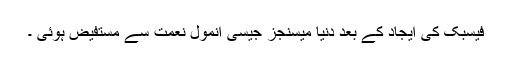
فیسبک کی ایجاد کے بعد دنیا میسنجز جیسی انمول نعمت سے مستفیض ہوئی ۔